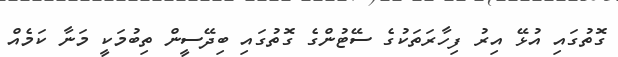
ގޮތުގައި އުޅޭ އިރު ފިހާރަތަކުގެ ސޭޓުންގެ ގޮތުގައި ބިދޭސީން ތިބުމަކީ މަނާ ކަމެއް